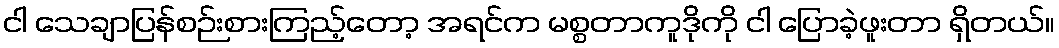
ငါ သေချာပြန်စဉ်းစားကြည့်တော့ အရင်က မစ္စတာကူဒိုကို ငါ ပြောခဲ့ဖူးတာ ရှိတယ်။